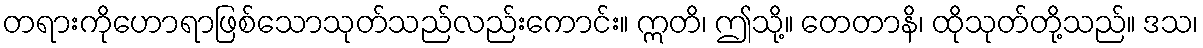
တရားကိုဟောရာဖြစ်သောသုတ်သည်လည်းကောင်း။ ဣတိ၊ ဤသို့။ တေတာနိ၊ ထိုသုတ်တို့သည်။ ဒသ၊